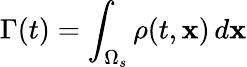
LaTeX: \Gamma(t)=\int_{\Omega_{s}}\rho(t,\mathbf{x})\, d\mathbf{x}